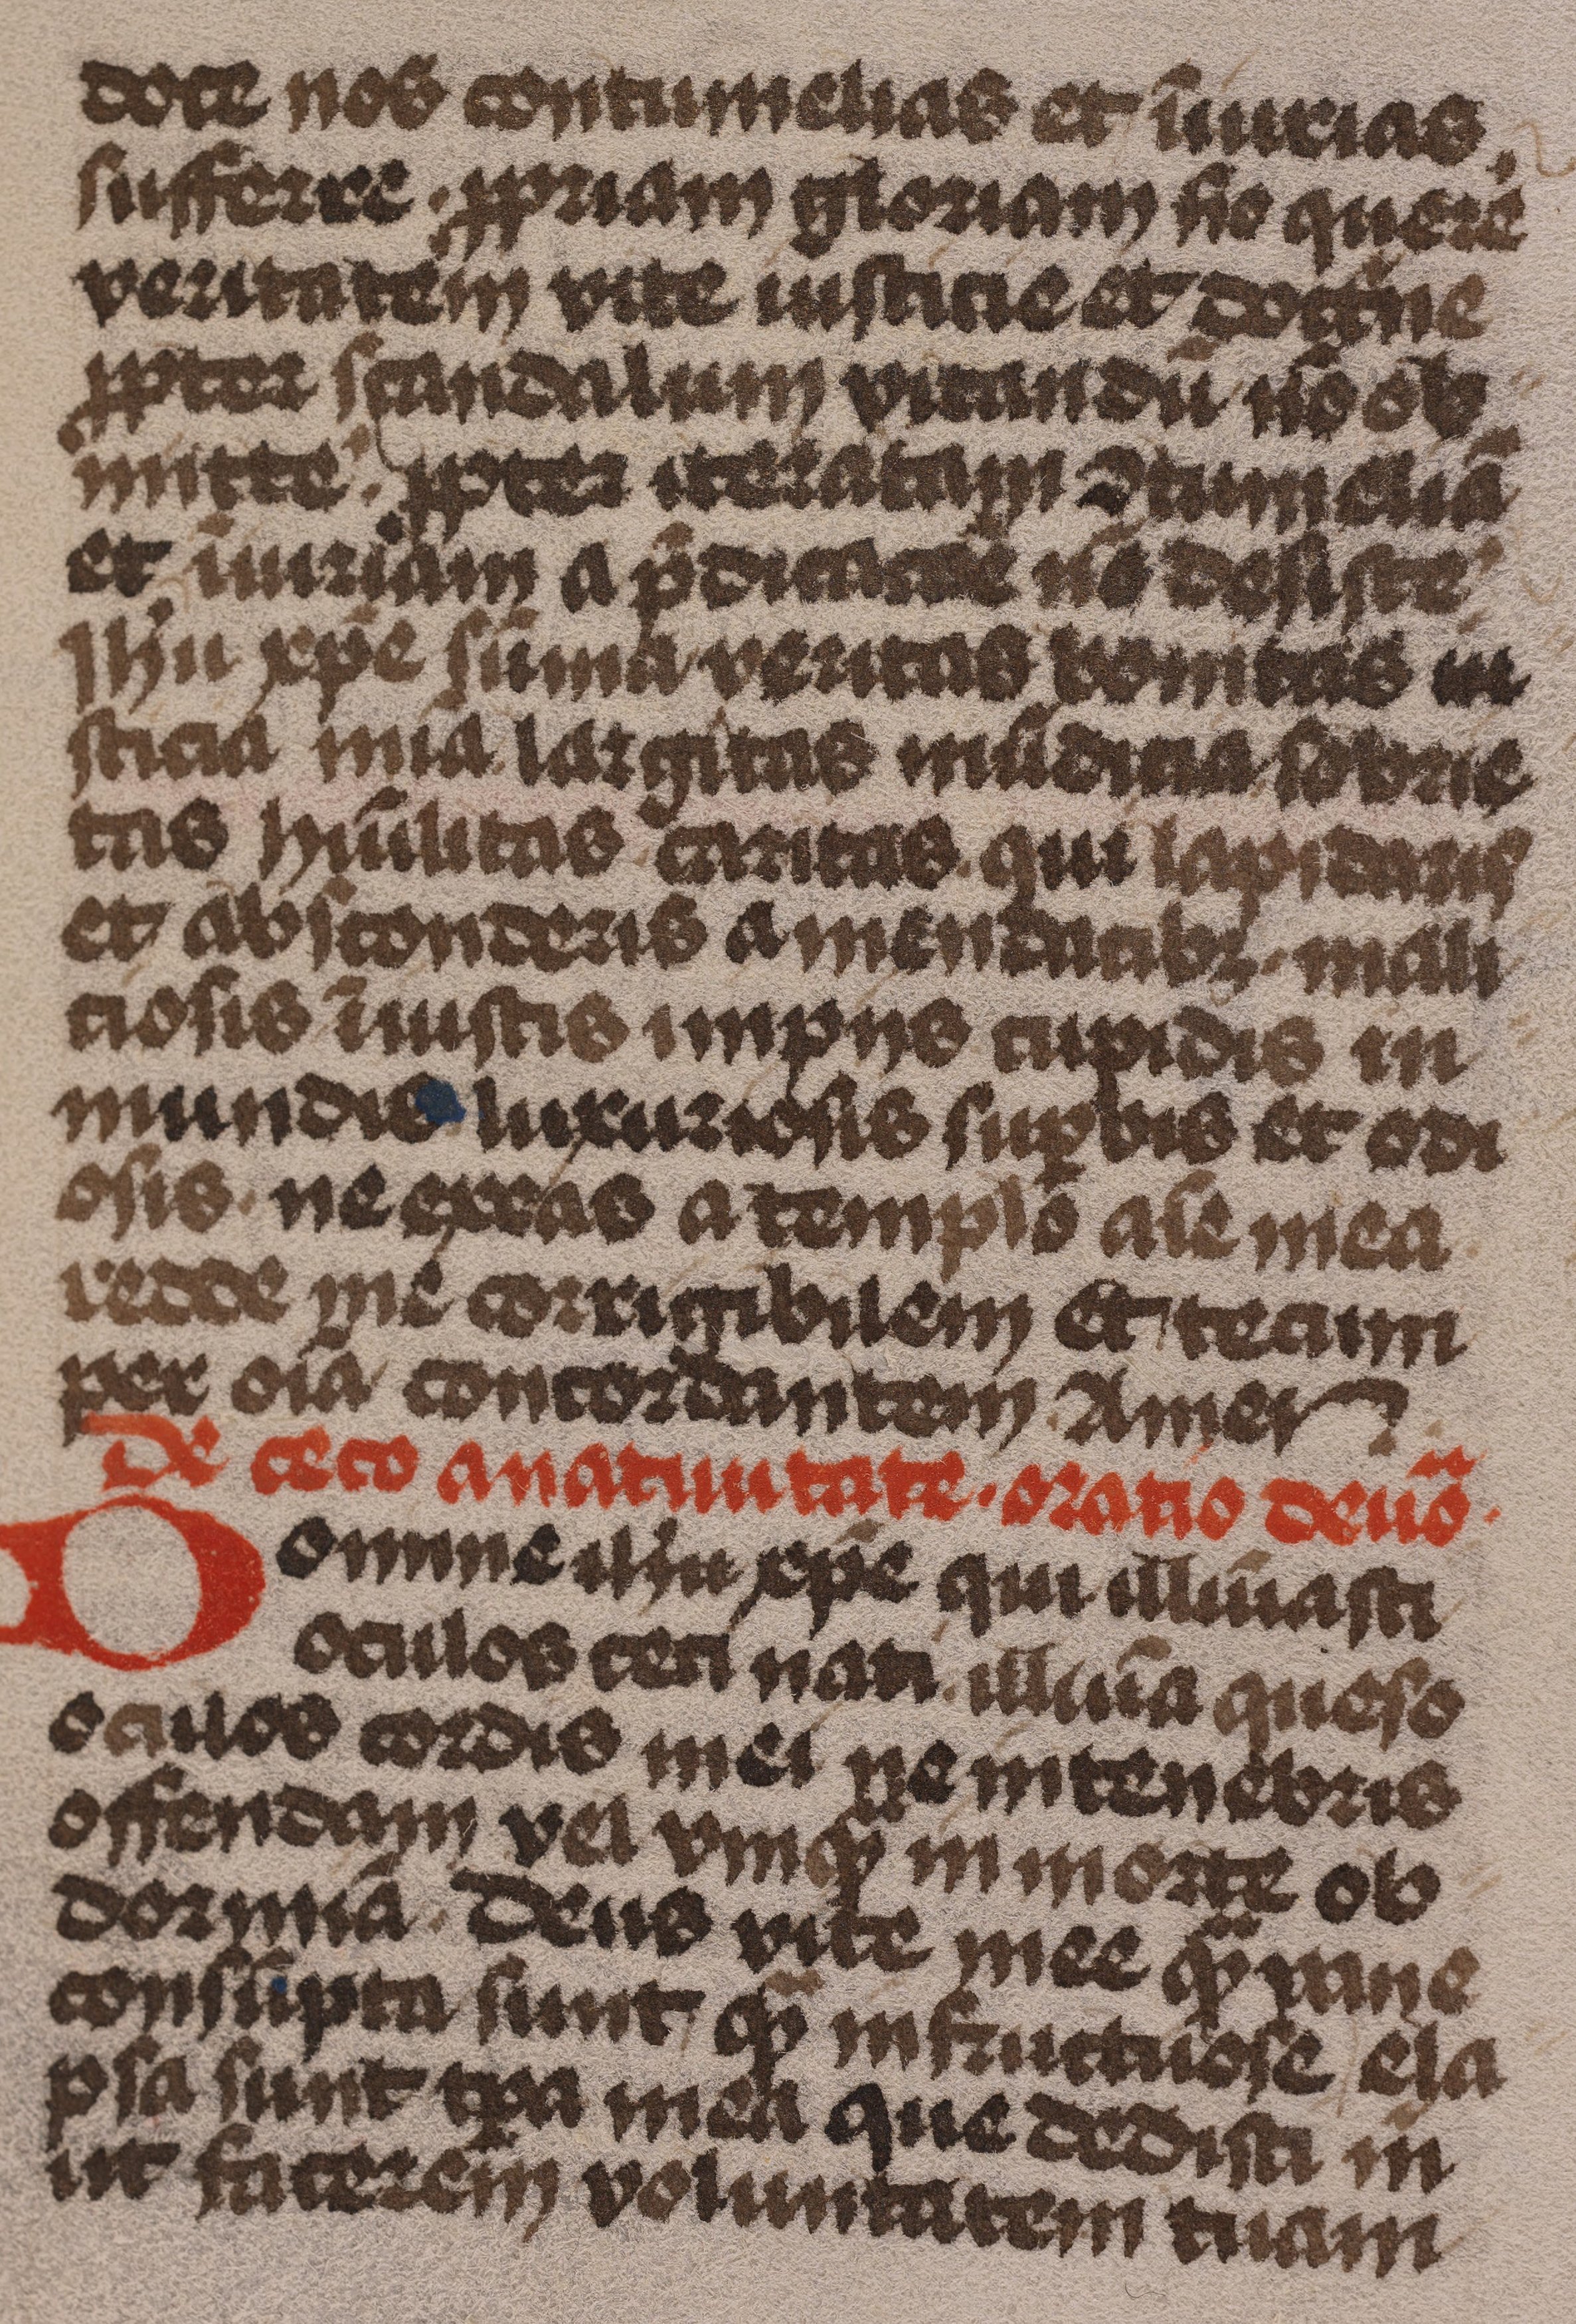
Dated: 1485–1515